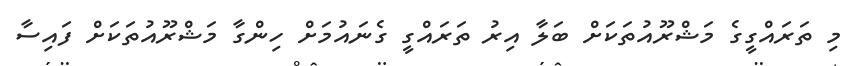
މި ތަރައްގީގެ މަޝްރޫއުތަކަށް ބަލާ އިރު ތަރައްގީ ގެނައުމަށް ހިންގާ މަޝްރޫއުތަކަށް ފައިސާ